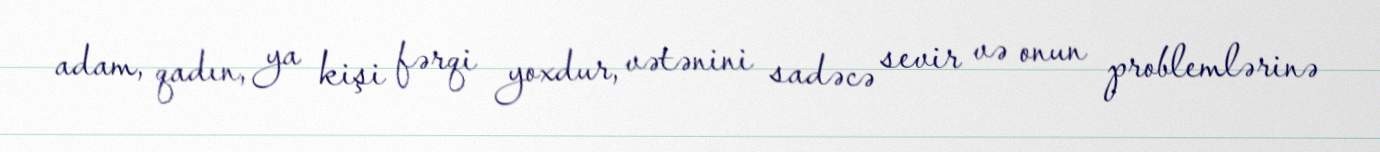
adam, qadın, ya kişi fərqi yoxdur, vətənini sadəcə sevir və onun problemlərinə